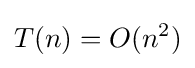
T(n)=O(n^{2})